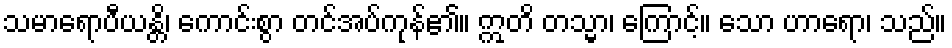
သမာရောပီယန္တိ၊ ကောင်းစွာ တင်အပ်ကုန်၏။ ဣတိ တသ္မာ၊ ကြောင့်။ သော ဟာရော၊ သည်။